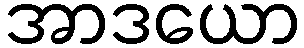
အာဒယော